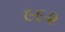
૯૯૨